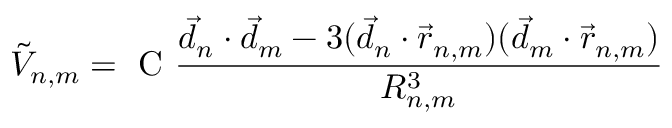
\Tilde { V } _ { n , m } = \textrm { C } \frac { \vec { d } _ { n } \cdot \vec { d } _ { m } - 3 ( \vec { d } _ { n } \cdot \vec { r } _ { n , m } ) ( \vec { d } _ { m } \cdot \vec { r } _ { n , m } ) } { R _ { n , m } ^ { 3 } }